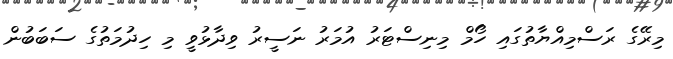
މިރޭގެ ރަސްމިއްޔާތުގައި ހޯމް މިނިސްޓަރު އުމަރު ނަސީރު ވިދާޅުވީ މި ހިދުމަތުގެ ސަބަބުން